Scottish Leaving Certificate Examination, 1955
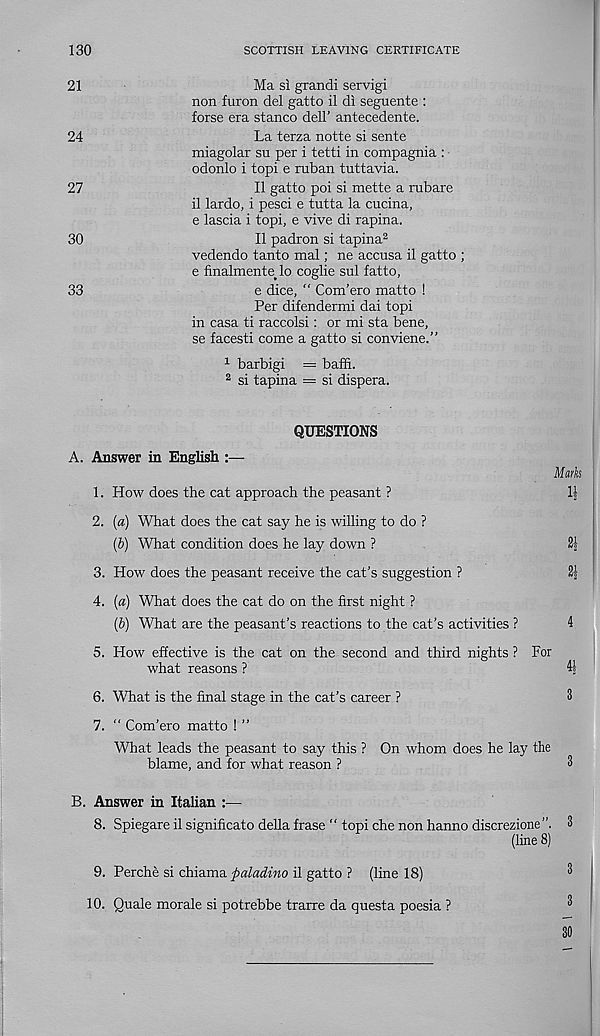
130
SCOTTISH LEAVING CERTIFICATE
21
Ma si grandi servigi
non furon del gatto il di seguente :
forse era stance dell’ antecedente.
24
La terza notte si sente
miagolar su per i tetti in compagnia :
odonlo i topi e ruban tuttavia.
27
II gatto poi si mette a rubare
il lardo, i pesci e tutta la cucina,
e lascia i topi, e vive di rapina.
30
II padron si tapina 2
vedendo tanto mal; ne accusa il gatto ;
e finalmente^ lo coglie sul fatto,
33
e dice, “ Com’ero matto !
Per difendermi dai topi
in casa ti raccolsi: or mi sta bene,
se facesti come a gatto si conviene.”
1 barbigi = baffi.
2 si tapina = si dispera.
QUESTIONS
A. Answer in English :—
1. How does the cat approach the peasant ?
2. [a) What does the cat say he is willing to do ?
(&) What condition does he lay down ?
3. How does the peasant receive the cat’s suggestion ?
4. [a) What does the cat do on the first night ?
(6) What are the peasant’s reactions to the cat’s activities ?
5. How effective is the cat on the second and third nights ? For
what reasons ?
6. What is the final stage in the cat’s career ?
7. " Com’ero matto ! ”
What leads the peasant to say this ? On whom does he lay the
blame, and for what reason ?
B. Answer in Italian :—
8. Spiegare il significato della frase “ topi che non hanno discrezione”.
(line 8)
9. Perche si chiama ftaladino il gatto ? (line 18)
10. Quale morale si potrebbe trarre da questa poesia ?